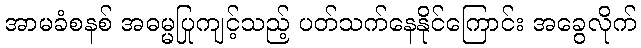
အာမခံစနစ် အဓမ္မပြုကျင့်သည့် ပတ်သက်နေနိုင်ကြောင်း အခွေလိုက်